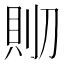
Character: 𰄹